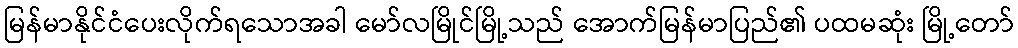
မြန်မာနိုင်ငံပေးလိုက်ရသောအခါ မော်လမြိုင်မြို့သည် အောက်မြန်မာပြည်၏ ပထမဆုံး မြို့တော်